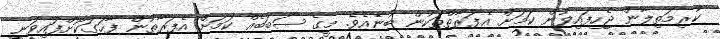
ކުރިމަތިލާން ޖެހިފައިވުން ކަމަށް އެފަރާތްތަކުން ބުނެއެވެ. މީގެ ސަބަބެއް ކަމަށް އެފަރާތުން ފާހަގަކޮށްފައިވަނީ